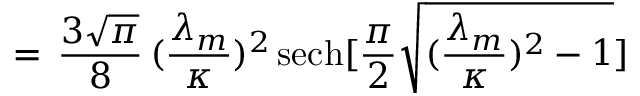
= \, \frac { 3 \sqrt { \pi } } { 8 } \, ( \frac { \lambda _ { m } } { \kappa } ) ^ { 2 } \, \mathrm { s e c h } [ \frac { \pi } { 2 } \sqrt { ( \frac { \lambda _ { m } } { \kappa } ) ^ { 2 } - 1 } ]